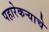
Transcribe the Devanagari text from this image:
पहारेकर्‍याचे